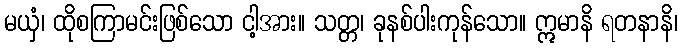
မယှံ၊ ထိုစကြာမင်းဖြစ်သော ငါ့အား။ သတ္တ၊ ခုနစ်ပါးကုန်သော။ ဣမာနိ ရတနာနိ၊